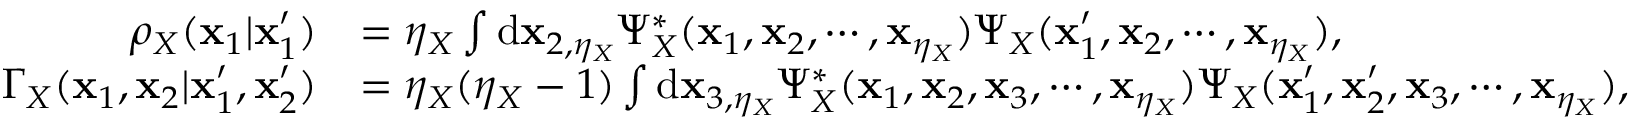
\begin{array} { r l } { \rho _ { X } ( \mathbf { x } _ { 1 } | \mathbf { x } _ { 1 } ^ { \prime } ) } & { = \eta _ { X } \int \mathrm { d } \mathbf { x } _ { 2 , \eta _ { X } } \Psi _ { X } ^ { * } ( \mathbf { x } _ { 1 } , \mathbf { x } _ { 2 } , \cdots , \mathbf { x } _ { \eta _ { X } } ) \Psi _ { X } ( \mathbf { x } _ { 1 } ^ { \prime } , \mathbf { x } _ { 2 } , \cdots , \mathbf { x } _ { \eta _ { X } } ) , } \\ { \Gamma _ { X } ( \mathbf { x } _ { 1 } , \mathbf { x } _ { 2 } | \mathbf { x } _ { 1 } ^ { \prime } , \mathbf { x } _ { 2 } ^ { \prime } ) } & { = \eta _ { X } ( \eta _ { X } - 1 ) \int \mathrm { d } \mathbf { x } _ { 3 , \eta _ { X } } \Psi _ { X } ^ { * } ( \mathbf { x } _ { 1 } , \mathbf { x } _ { 2 } , \mathbf { x } _ { 3 } , \cdots , \mathbf { x } _ { \eta _ { X } } ) \Psi _ { X } ( \mathbf { x } _ { 1 } ^ { \prime } , \mathbf { x } _ { 2 } ^ { \prime } , \mathbf { x } _ { 3 } , \cdots , \mathbf { x } _ { \eta _ { X } } ) , } \end{array}